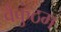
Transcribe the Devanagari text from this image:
वैकुंठम